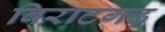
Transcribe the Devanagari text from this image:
विराटगढ़